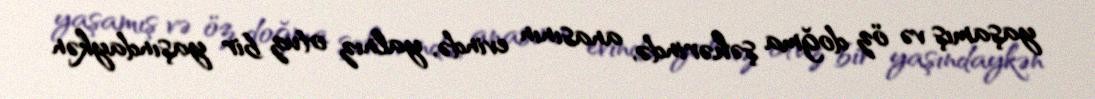
yaşamış və öz doğma şəhərində, anasının evində, yalnız otuz bir yaşındaykən